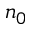
n _ { 0 }